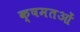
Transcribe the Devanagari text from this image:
क्षमतओं